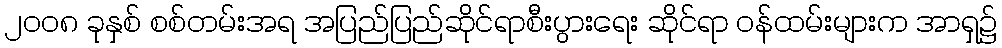
၂၀၀၈ ခုနှစ် စစ်တမ်းအရ အပြည်ပြည်ဆိုင်ရာစီးပွားရေး ဆိုင်ရာ ဝန်ထမ်းများက အာရှ၌